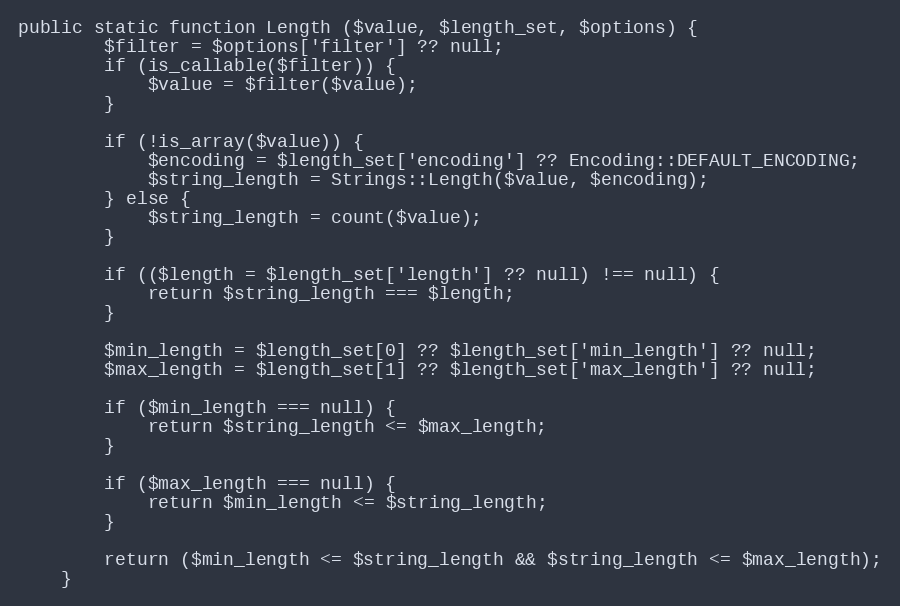
Language: PHP
public static function Length ($value, $length_set, $options) {
		$filter = $options['filter'] ?? null;
		if (is_callable($filter)) {
			$value = $filter($value);
		}

		if (!is_array($value)) {
			$encoding = $length_set['encoding'] ?? Encoding::DEFAULT_ENCODING;
			$string_length = Strings::Length($value, $encoding);
		} else {
			$string_length = count($value);
		}

		if (($length = $length_set['length'] ?? null) !== null) {
			return $string_length === $length;
		}

		$min_length = $length_set[0] ?? $length_set['min_length'] ?? null;
		$max_length = $length_set[1] ?? $length_set['max_length'] ?? null;

		if ($min_length === null) {
			return $string_length <= $max_length;
		}

		if ($max_length === null) {
			return $min_length <= $string_length;
		}

		return ($min_length <= $string_length && $string_length <= $max_length);
	}